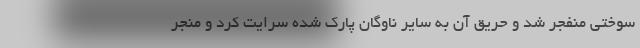
سوختی منفجر شد و حریق آن به سایر ناوگان پارک شده سرایت کرد و منجر